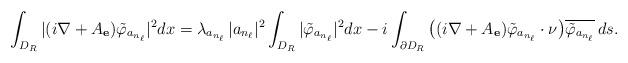
LaTeX: \begin{align*} \int_{D_R} |(i\nabla + A_{\mathbf e})\tilde\varphi_{a_{n_\ell}}|^2 dx = \lambda_{a_{n_\ell}} \,|a_{n_\ell}|^2 \int_{D_R} |\tilde \varphi_{a_{n_\ell}}|^2 dx -i \int_{\partial D_R} \big( (i\nabla +A_{\mathbf e})\tilde \varphi_{a_{n_\ell}} \cdot \nu \big) \overline{\tilde \varphi_{a_{n_\ell}}}\,ds.\end{align*}